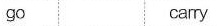
go carry